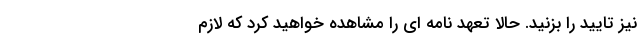
نیز تایید را بزنید. حالا تعهد نامه ای را مشاهده خواهید کرد که لازم